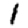
Digit: 1